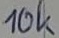
Text: 10k